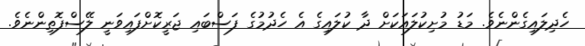
ހެދިލައިގެންނެވެ. މަޑު މުށިކުލައަކަށް ދާ ކުލައިގެ އެ ހެދުމުގެ ފަސްބައި ޖަރީކޮށްފައިވަނީ ލޭސްފޮތިންނެވެ.